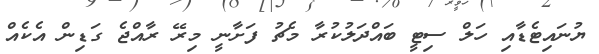
ޔުނައިޓެޑާއި ހަލް ސިޓީ ބައްދަލުކުރާ މެޗު ފަށާނީ މިރޭ ރާއްޖެ ގަޑިން އެކެއް